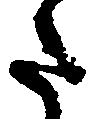
た